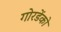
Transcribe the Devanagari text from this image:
गोरडेंको